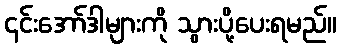
၎င်းအော်ဒါများကို သွားပို့ပေးရမည်။